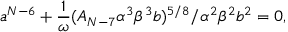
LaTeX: a ^ { N - 6 } + \frac { 1 } { \omega } ( A _ { N - 7 } \alpha ^ { 3 } \beta ^ { 3 } b ) ^ { 5 / 8 } / \alpha ^ { 2 } \beta ^ { 2 } b ^ { 2 } = 0 ,